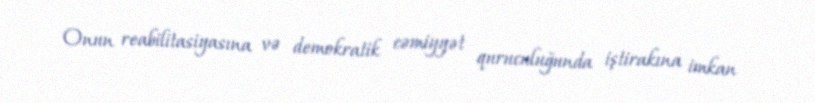
Onun reabilitasiyasına və demokratik cəmiyyət quruculuğunda iştirakına imkan